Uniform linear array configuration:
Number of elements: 48
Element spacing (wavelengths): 1
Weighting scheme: hann
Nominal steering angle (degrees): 60
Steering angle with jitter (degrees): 59.236
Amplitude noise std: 0.05
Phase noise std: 0.05

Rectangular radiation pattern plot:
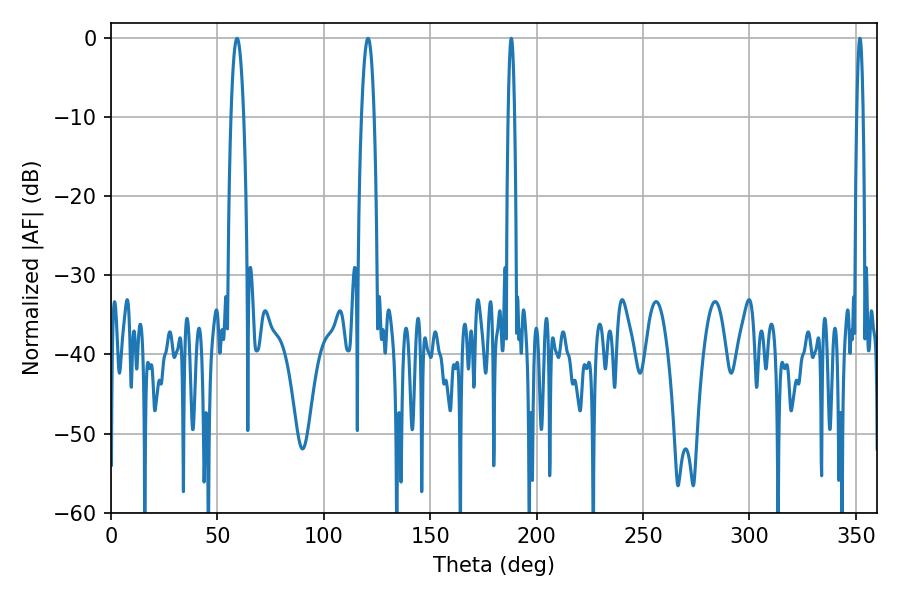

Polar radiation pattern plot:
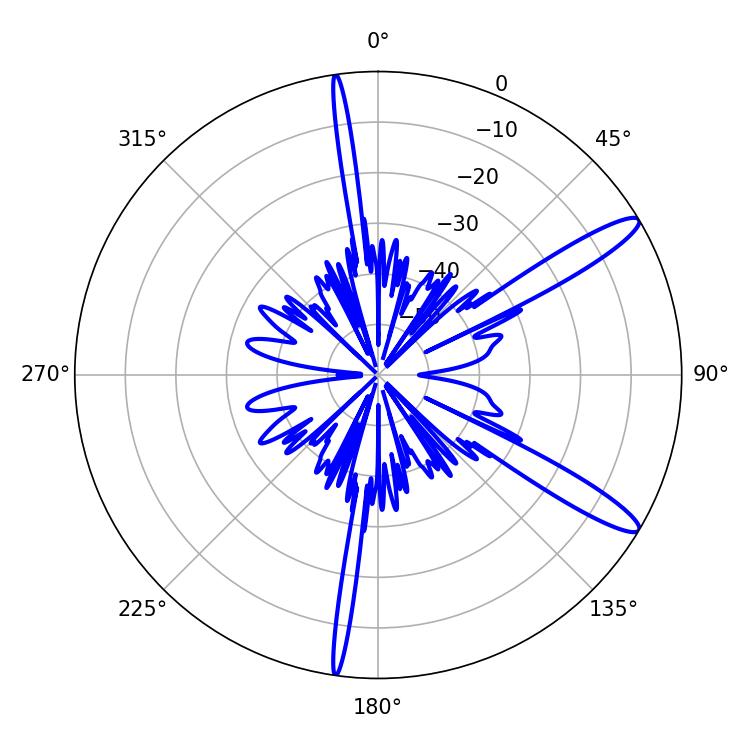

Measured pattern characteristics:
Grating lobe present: TRUE
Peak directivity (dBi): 13.083
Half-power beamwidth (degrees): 3.24
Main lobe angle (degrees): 59.22